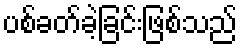
ပစ်ခတ်ခဲ့ခြင်းဖြစ်သည်